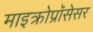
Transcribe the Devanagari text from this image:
माइक्रोप्रॉसेसर